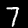
Digit: 7